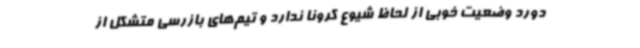
دورد وضعیت خوبی از لحاظ شیوع کرونا ندارد و تیم‌های بازرسی متشکل از